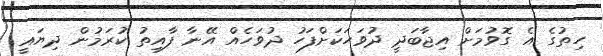
ހިތުގެ އެ ގޮވުމަށް އިޖާބަދީ ދުވަހަކަށްފަހު ދުވަހެއް އޭނާ ފާއިތު ކުރަމުން ދިޔައީ